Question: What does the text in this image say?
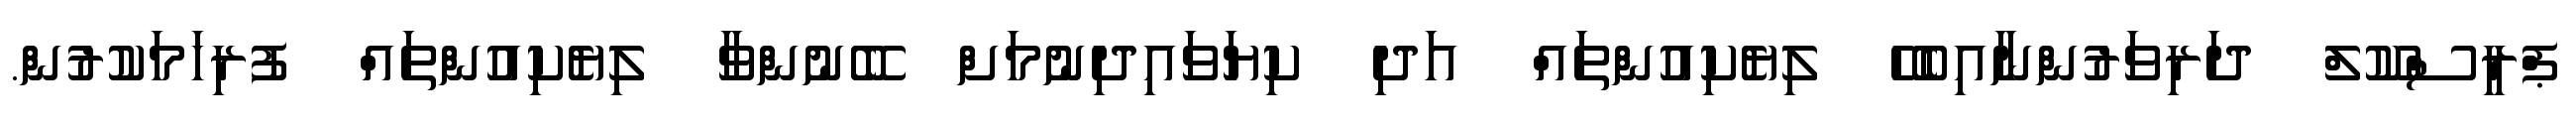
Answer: ޕްރީސްކޫލް ދަރިވަރުންނާއިބެހޭ ލިޔެކިއުންތައް އަދި ކިޔަވައިދިނުމަށް ބޭނުންވާ ލިޔެކިއުންތައް ފުރިހަމަކުރުން.